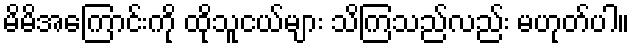
မိမိအကြောင်းကို ထိုသူငယ်များ သိကြသည်လည်း မဟုတ်ပါ။